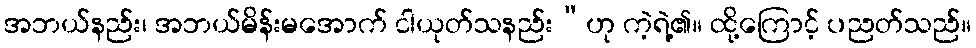
အဘယ်နည်း၊ အဘယ်မိန်းမအောက် ငါယုတ်သနည်း”ဟု ကဲ့ရဲ့၏။ ထို့ကြောင့် ပညတ်သည်။